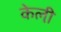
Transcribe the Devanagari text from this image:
केली़